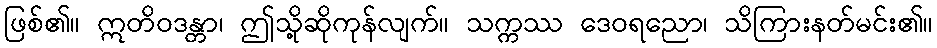
ဖြစ်၏။ ဣတိဝဒန္တာ၊ ဤသို့ဆိုကုန်လျက်။ သက္ကဿ ဒေဝရညော၊ သိကြားနတ်မင်း၏။